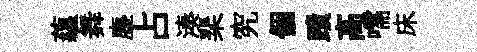
藴舞塵占湊棐究個蹟髙嚅床